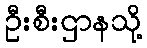
ဦးစီးဌာနသို့